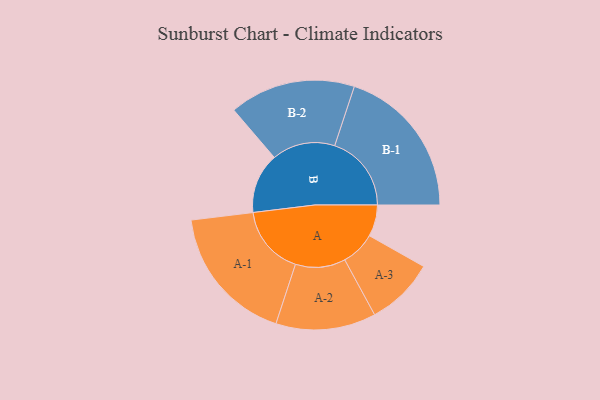
{"axis": {"x": "Segment", "y": "Value"}, "legend": ["", "A", "B"], "data": [{"x": "A", "y": 104, "type": ""}, {"x": "B", "y": 199, "type": ""}, {"x": "A-1", "y": 229, "type": "A"}, {"x": "A-2", "y": 165, "type": "A"}, {"x": "A-3", "y": 113, "type": "A"}, {"x": "B-1", "y": 253, "type": "B"}, {"x": "B-2", "y": 208, "type": "B"}]}